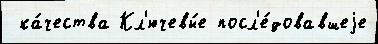
 ка́чества Кл'ючевы́е посл'е́довавшеjе